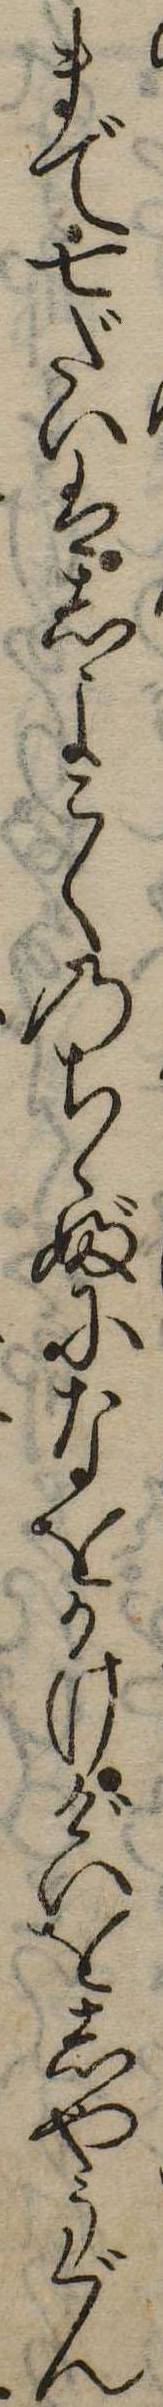
まで七だいはしよこくのちくぶになをかけげいをしやうぐん